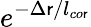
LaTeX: e^{-\Delta\mathsf{r}/l_{co\mathsf{r}}}